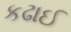
કઢાઈ